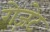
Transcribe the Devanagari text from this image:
गेज़ेट